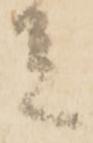
足